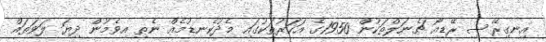
އިނގިރޭސި ރޭޑިއޯ ޗެނަލްތަކުން 1950ގެ އަހަރުތަކުގައި މެދުކެނޑުމެއް ނެތި އިވެމުން ދިޔަ ލަވަތައް